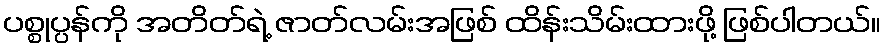
ပစ္စုပ္ပန်ကို အတိတ်ရဲ့ ဇာတ်လမ်းအဖြစ် ထိန်းသိမ်းထားဖို့ ဖြစ်ပါတယ်။